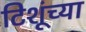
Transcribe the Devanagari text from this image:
टिशूंच्या